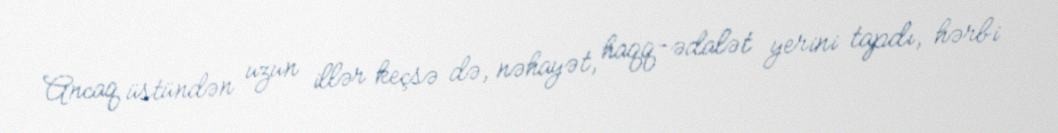
Ancaq üstündən uzun illər keçsə də, nəhayət, haqq-ədalət yerini tapdı, hərbi